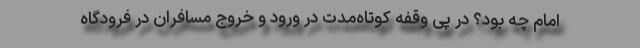
امام چه بود؟ در پی وقفه کوتاه‌مدت در ورود و خروج مسافران در فرودگاه